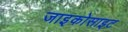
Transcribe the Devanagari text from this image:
जाइकोसाइट